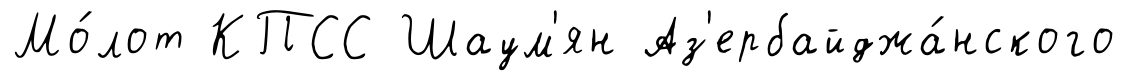
Мо́лот КПСС Шаум'ян Аз'ербайджа́нского